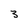
Character: 3